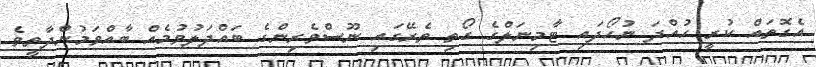
އެގޮތައް ކުރީ ހުއްދަ ނުހޯދައި ޓާމިނަލްގެ ގޯތި ތެރޭގައި ނޫސްވެރިންގެ ބައްދަލުވުމެއް ބާއްވަމުންދާތީވެ